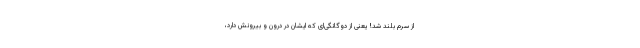
از سرم بلند شد! یعنی از دوگانگی‌ای که ایشان در درون و بیرونش دارد،